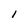
Character: I